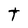
Character: t